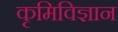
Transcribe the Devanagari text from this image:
कृमिविज्ञान